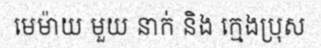
មេម៉ាយ មួយ នាក់ និង ក្មេងប្រុស